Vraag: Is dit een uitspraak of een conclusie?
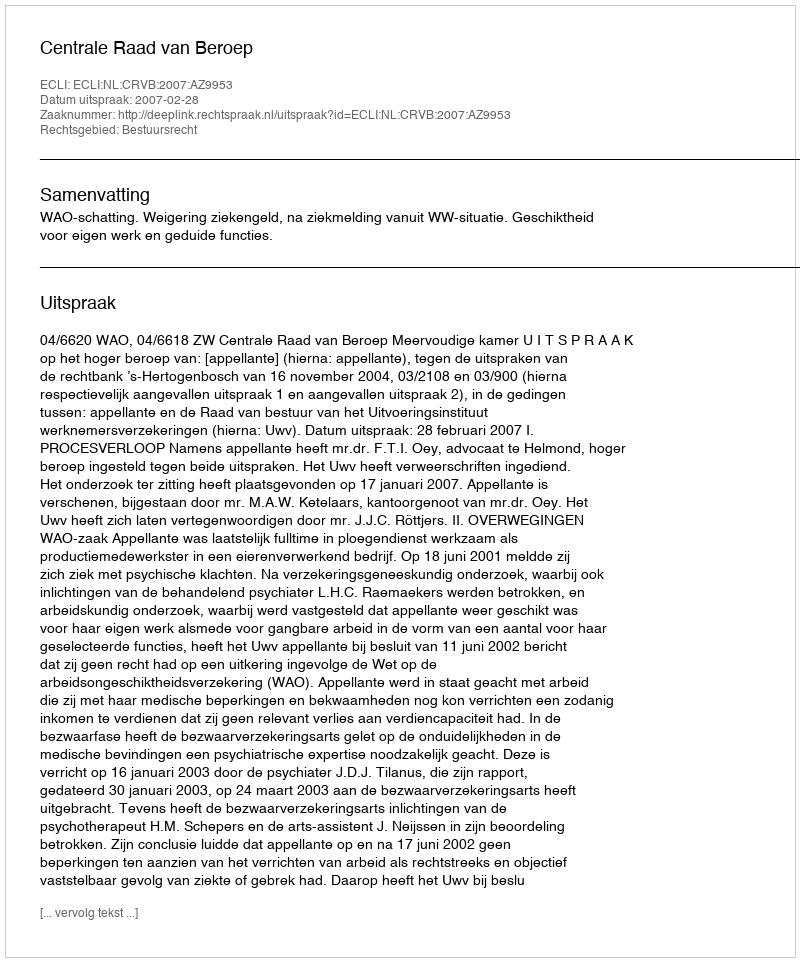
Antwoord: Uitspraak